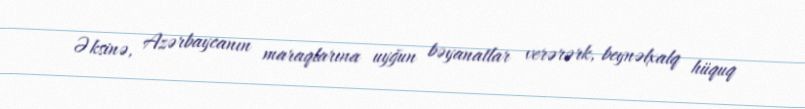
Əksinə, Azərbaycanın maraqlarına uyğun bəyanatlar verərərk, beynəlxalq hüquq